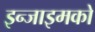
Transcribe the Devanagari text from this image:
इन्जाइमको